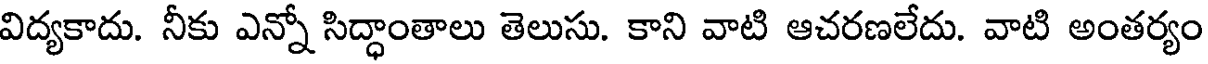
విద్యకాదు. నీకు ఎన్నో సిద్ధాంతాలు తెలుసు. కాని వాటి ఆచరణలేదు. వాటి అంతర్యం